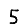
Digit: 5